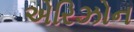
એરિઝોન